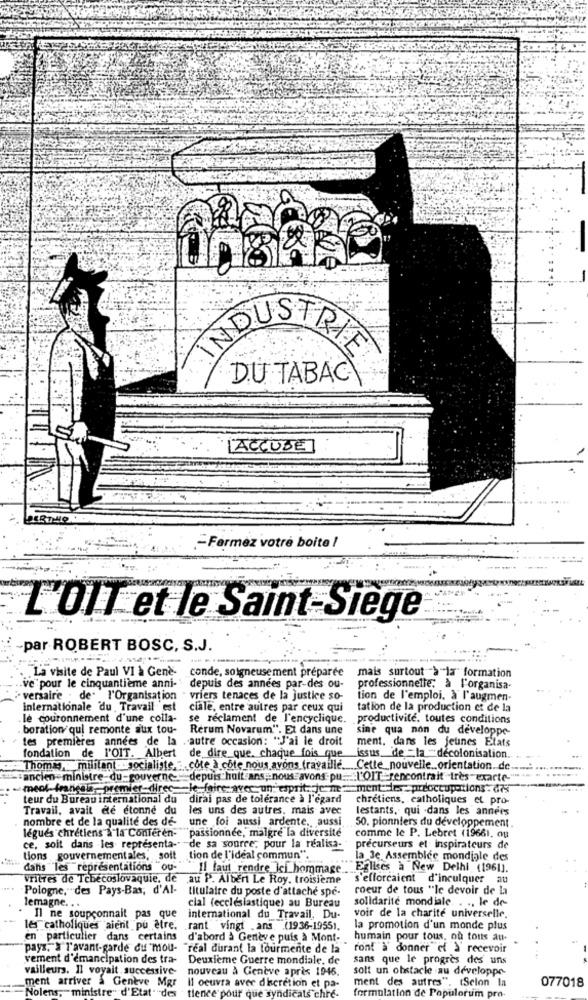
INDUSTRIE
DU TABAC
[ACCUSE]
-Farmez votre boite /
L'OIT et le Saint-Siège
-par ROBERT BOSC, S.J.
. La visite de Paul VI à Gene-
conde, soigneusement préparée
mais surtout >"la formation
ve pour le cinquantième anni- depuis des années par-des ou-
professionnelle; à l'organisa-
versaire . de. l'Organisation
· vriers tenaces de la justice so-
tion de l'emploi, à l'augmen-
internationale du Travail est
ciale, entre autres par ceux qui
tation de la production et de la
.le couronnement d'une colla-
se réclament de l'encyclique. productivité. toutes conditions
boration qui remonte aux tou-
Rerum Novarum". Et dans une
sine qua non du developpe
tes premières années de la .autre occasion: "J'ai le droit
ment, dans les jeunes Elats
fondation de l'OIT. Albert
de dire que. chaque fois que
issus. de -la -décolonisation.
Thomas militant socialiste, . cote a cote nous avons travaille. Cette nouvelle orientation de
ancien ministre-du-gouverne- depuis huit ans; nous avons pu :::: l'OIT -rencontrait très exacte-"
meol- français ,, premier-direc-le-faire avec un esprit. je me == ment-les-preoccupations - d7%
teur du Bureau international du
dirai pas de tolérance à l'égard
chrétiens, catholiques et pro-
Travail, avait été étonné du
les uns des autres, mais avec
lestants, qui -dans les années
nombre et de la qualité des de-
une foi aussi ardente ,, aussi
légués chrétiens à la Conferen-
passionnée, malgré la diversité
50. pionniers du développement
comme le P. Lebret (19661. ou
ce, soit dans les representa-"
de sa source; pour la realisa-"
précurseurs et inspirateurs de
tions gouvernementales, , soft
tion de l'ideal commun".
la Je Assemblee mondiale des
dans les représentations ou-
Il faut rendre ici_hommage . Eglises a New Delhi (1961).
vritres de Tchécoslovaquie, de ,au P. Albert Le Roy, troisieme
s'efforcaient d'inculquer au
Pologne,""des Pays-Bas, d'Al-
titulaire du poste d'attaché spe-
coeur de tous "le devoir de la
cial (ecclésiastique) au Bureau
solidarité mondiale. . .. le de-
lemagne. . .
Il ne soupconnait pas que international du Travail. Du-
voir de la charité universelle.
les catholiques aient pu être. rant vingt ans. (1936-19551.
la promotion d'un monde plus
en particulier dans certains d'abord à Genève puis à Mont-
humain pour tous, ou tous au-
pays, X l'avant-garde du mou- "real durant la tourmente de la
ront à donner of > recevoir
vement d'emancipation des tra- Deuxième Guerre mondiale, de
sans que le progrès des uns
vailleurs. Il voyait successive-
nouveau à Genève aprix 1946.
solt un obstacle au developpe-
ment arriver & Geneve Mgr
ment des autres". (Selon In
Nolens, ministre" d'Etat" des
Il ocuvra aver discretion et pa-
tience pour que syndicats chre-
077018
formulation de Populorum pro